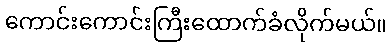
ကောင်းကောင်းကြီးထောက်ခံလိုက်မယ်။